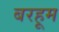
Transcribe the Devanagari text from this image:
बरहूम